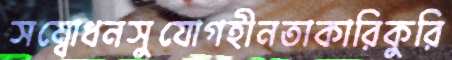
সম্বোধনসুযোগহীনতাকারিকুরি